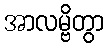
အာလမ္ဗိတွာ